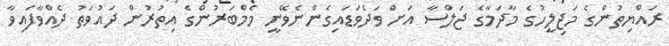
ރައްޔިތުންގެ މަޖިލީހުގެ މާދަމާގެ ޖަލްސާ އަށް ވަދެވަޑައިގެންނެވޭނީ މެމްބަރުންގެ އިތުރުން ދައުވަތު ދެއްވާފައިވާ